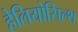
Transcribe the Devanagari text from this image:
हेलियोसिल्थ